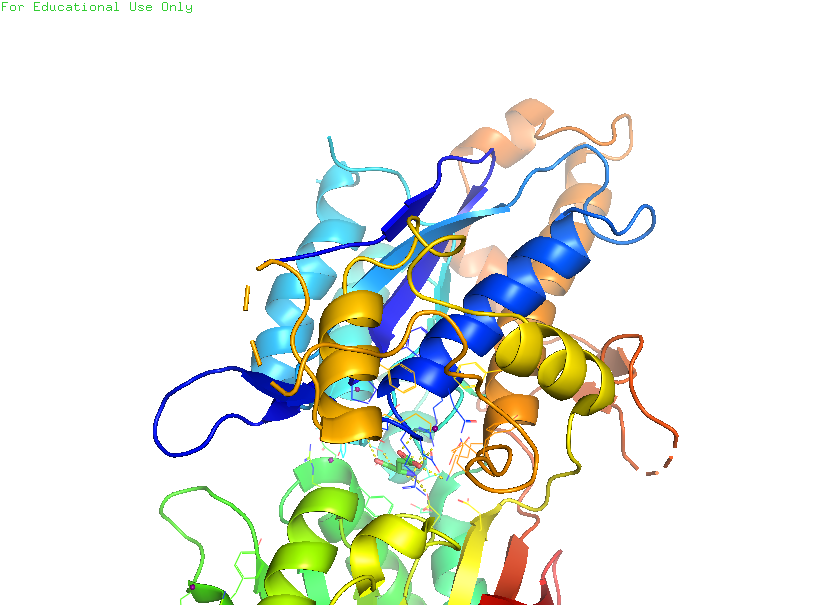
pymol, preset, ligand_cartoon